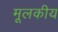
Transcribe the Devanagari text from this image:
मूलकीय